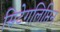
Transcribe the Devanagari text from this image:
सिटेगलिप्तिन